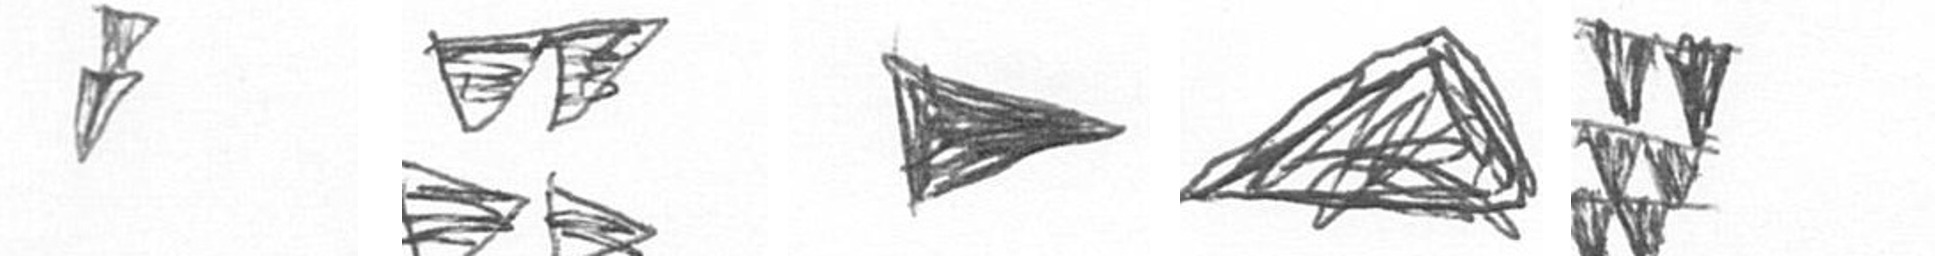
Z B T O Y